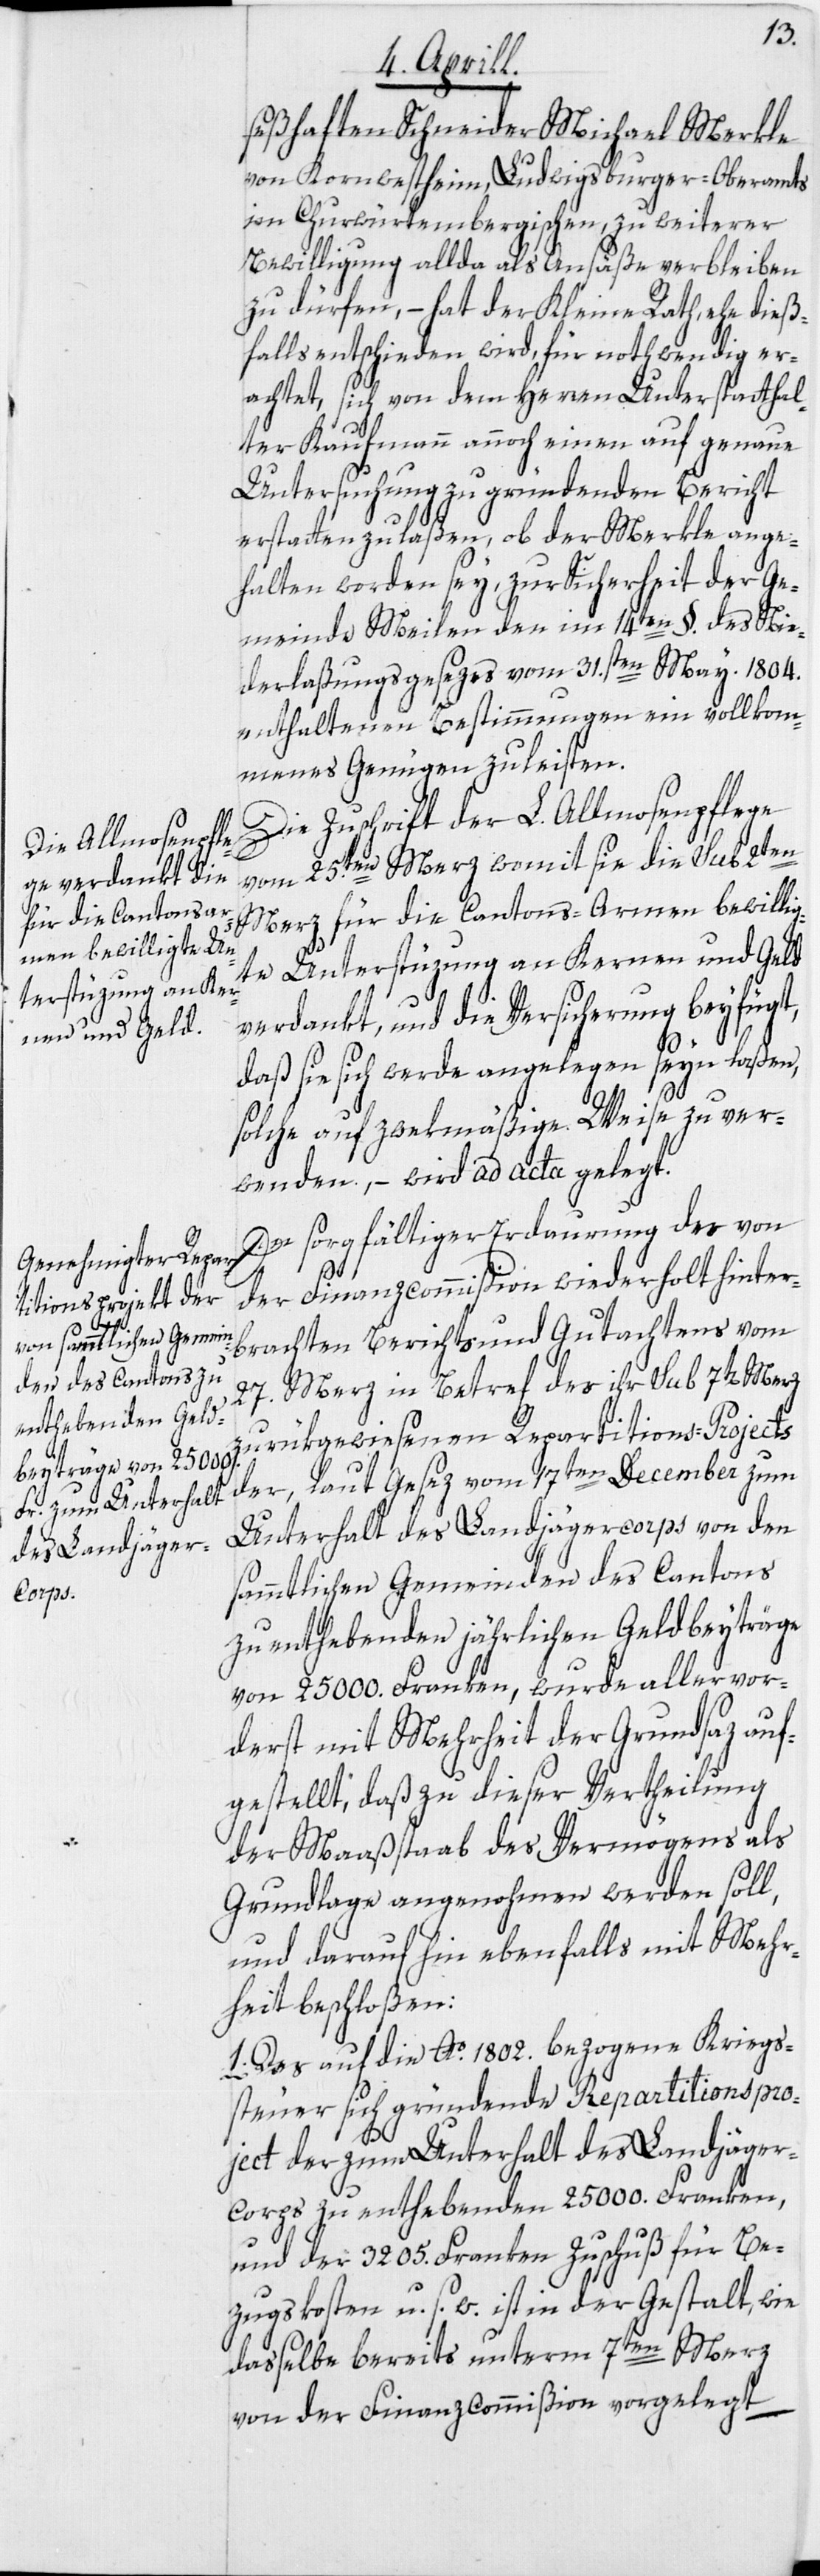
seßhaften Schneider Michael Merkle
von Kornwestheim, Ludwigsburger-Oberamts
im Churwürtembergischen, zu weiterer
Bewilligung allda als Ansäße verbleiben
zu dürfen, – hat der Kleine Rath, ehe dieß¬
falls entschieden wird, für nothwendig er¬
achtet, sich von dem Herren Unterstatthal¬
ter Kaufmann annoch einen auf genaue
Untersuchung zu gründenden Bericht
erstatten zu laßen, ob der Merkle ange¬
halten worden sey, zur Sicherheit der Ge¬
meinde Meilen den im 14ten §. des Nie¬
derlaßungsgesezes vom 31.ten May 1804.
enthaltenen Bestimmungen ein vollkom¬
menes Genügen zu leisten.
Die Zuschrift der L. Allmosenpflege
vom 25.ten Merz womit sie die sub 2ten
Merz für die Cantons-Armen bewillig¬
te Unterstüzung an Kernen und Geld
verdankt, und die Versicherung beyfügt,
daß sie sich werde angelegen seyn laßen,
solche auf zwekmäßige Weise zu ver¬
wenden, – wird ad acta gelegt.
Der sorgfältiger Erdaurung der von
der Finanzcommißion wiederholt hinter¬
brachten Berichts und Gutachtens vom
27. Merz in Betref des ihr sub 7t[en] Merz
zurükgewiesenen Repartitions-Projects
der, laut Gesez vom 17ten December zum
Unterhalt des Landjägercorps von den
sämmtlichen Gemeinden des Cantons
zu enthebenden jährlichen Geldbeyträge
von 25 000. Franken, wurde allervor¬
derst mit Mehrheit der Grundsaz auf¬
gestellt, daß zu dieser Vertheilung
der Maaßstaab des Vermögens als
Grundlage angenohmen werden soll,
und darauf hin ebenfalls mit Mehr¬
heit beschloßen:
1. Das auf die Ao. 1802. bezogene Kriegs¬
steuer sich gründende Repartitionspro¬
jekt der zum Unterhalt des Landjäger¬
corps zu enthebenden 25 000. Franken,
und der 3205. Franken Zuschuß für Be¬
zugskosten u. s. w. ist in der Gestalt, wie
dasselbe bereits unterm 7ten Merz
von der Finanzcommißion vorgelegt